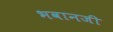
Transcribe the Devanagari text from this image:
भवानजी